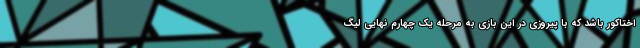
اختاکور باشد که با پیروزی در این بازی به مرحله یک چهارم نهایی لیگ